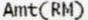
AMT(RM)